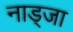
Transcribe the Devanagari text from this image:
नाड्जा